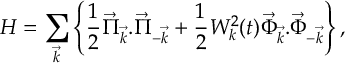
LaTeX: H = \sum _ { \vec { k } } \left\{ { \frac { 1 } { 2 } } \vec { \Pi } _ { \vec { k } } . \vec { \Pi } _ { - \vec { k } } + { \frac { 1 } { 2 } } W _ { k } ^ { 2 } ( t ) \vec { \Phi } _ { \vec { k } } . \vec { \Phi } _ { - \vec { k } } \right\} ,